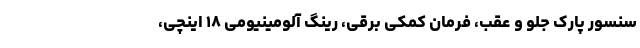
سنسور پارک جلو و عقب، فرمان کمکی برقی، رینگ آلومینیومی ۱۸ اینچی،